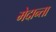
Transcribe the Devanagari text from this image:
मेदान्ता